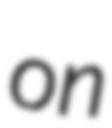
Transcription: on